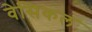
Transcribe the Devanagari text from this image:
वेसिकल